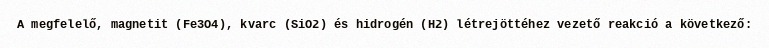
A megfelelő, magnetit (Fe3O4), kvarc (SiO2) és hidrogén (H2) létrejöttéhez vezető reakció a következő: